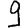
Digit: 9